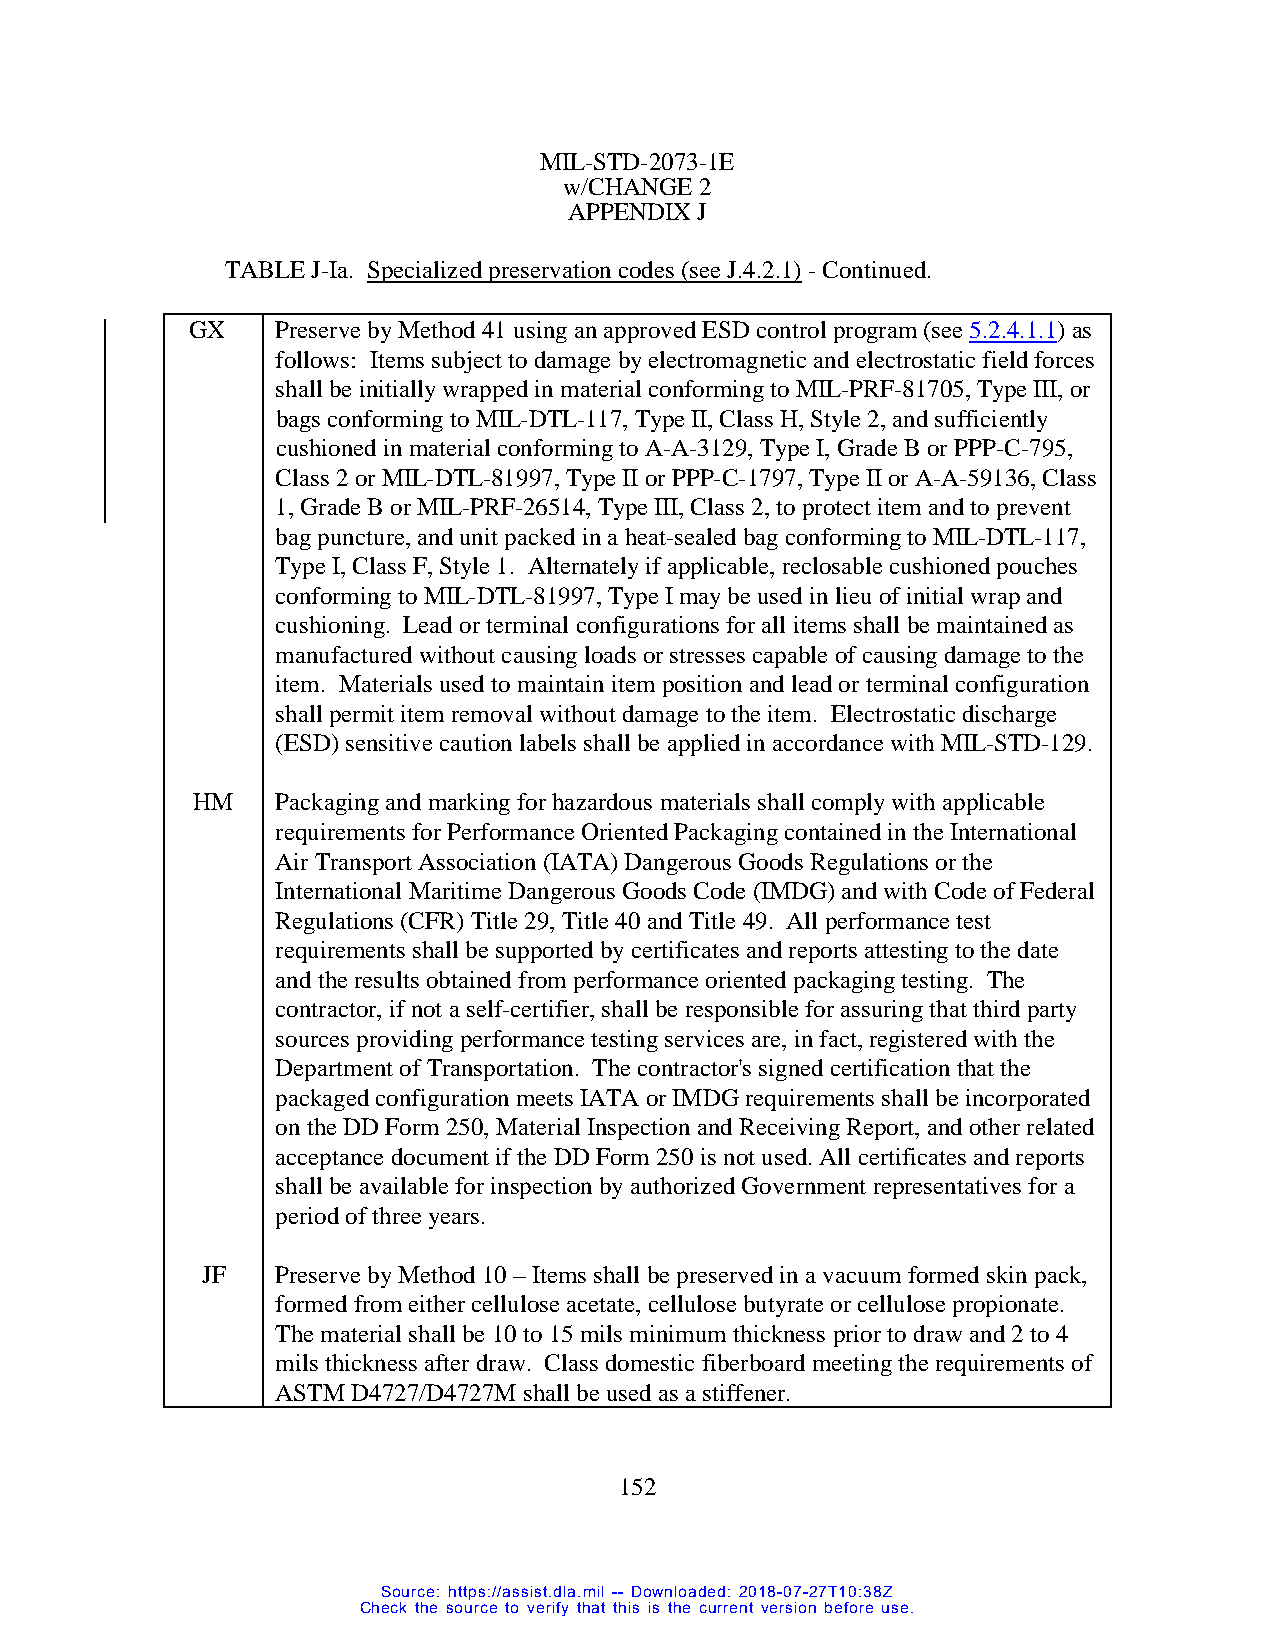
MIL-STD-2073-1E
 w/CHANGE 2
 APPENDIX J
 TABLE J-Ia. Specialized preservation codes (see J.4.2.1) - Continued.
 GX   Preserve by Method 41 using an approved ESD control program (see 5.2.4.1.1) as
 follows: Items subject to damage by electromagnetic and electrostatic field forces
 shall be initially wrapped in material conforming to MIL-PRF-81705, Type III, or
 bags conforming to MIL-DTL-117, Type II, Class H, Style 2, and sufficiently
 cushioned in material conforming to A-A-3129, Type I, Grade B or PPP-C-795,
 Class 2 or MIL-DTL-81997, Type II or PPP-C-1797, Type II or A-A-59136, Class
 1, Grade B or MIL-PRF-26514, Type III, Class 2, to protect item and to prevent
 bag puncture, and unit packed in a heat-sealed bag conforming to MIL-DTL-117,
 Type I, Class F, Style 1. Alternately if applicable, reclosable cushioned pouches
 conforming to MIL-DTL-81997, Type I may be used in lieu of initial wrap and
 cushioning. Lead or terminal configurations for all items shall be maintained as
 manufactured without causing loads or stresses capable of causing damage to the
 item. Materials used to maintain item position and lead or terminal configuration
 shall permit item removal without damage to the item. Electrostatic discharge
 (ESD) sensitive caution labels shall be applied in accordance with MIL-STD-129.
 HM   Packaging and marking for hazardous materials shall comply with applicable
 requirements for Performance Oriented Packaging contained in the International
 Air Transport Association (IATA) Dangerous Goods Regulations or the
 International Maritime Dangerous Goods Code (IMDG) and with Code of Federal
 Regulations (CFR) Title 29, Title 40 and Title 49. All performance test
 requirements shall be supported by certificates and reports attesting to the date
 and the results obtained from performance oriented packaging testing. The
 contractor, if not a self-certifier, shall be responsible for assuring that third party
 sources providing performance testing services are, in fact, registered with the
 Department of Transportation. The contractor's signed certification that the
 packaged configuration meets IATA or IMDG requirements shall be incorporated
 on the DD Form 250, Material Inspection and Receiving Report, and other related
 acceptance document if the DD Form 250 is not used. All certificates and reports
 shall be available for inspection by authorized Government representatives for a
 period of three years.
 JF   Preserve by Method 10 – Items shall be preserved in a vacuum formed skin pack,
 formed from either cellulose acetate, cellulose butyrate or cellulose propionate.
 The material shall be 10 to 15 mils minimum thickness prior to draw and 2 to 4
 mils thickness after draw. Class domestic fiberboard meeting the requirements of
 ASTM D4727/D4727M shall be used as a stiffener.
 152
 Source: https://assist.dla.mil -- Downloaded: 2018-07-27T10:38Z
 Check the source to verify that this is the current version before use.